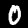
Label: 0